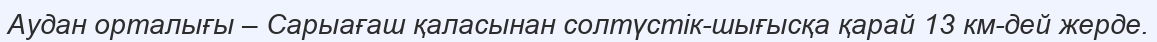
Аудан орталығы – Сарыағаш қаласынан солтүстік-шығысқа қарай 13 км-дей жерде.